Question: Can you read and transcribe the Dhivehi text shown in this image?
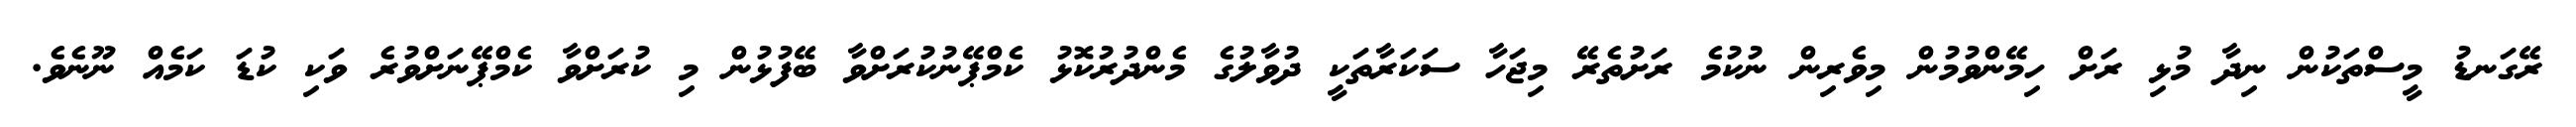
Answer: ރޭގަނޑު މީސްތަކުން ނިދާ މުޅި ރަށް ހިމޭންވުމުން މިވެރިން ނުކުމެ ރަށުތެރޭ މިޖަހާ ސަކަރާތަކީ ދުވާލުގެ މެންދުރުކޮޅު ކެމްޕޭނުކުރަށްވާ ބޭފުޅުން މި ކުރަށްވާ ކެމްޕޭނަށްވުރެ ވަކި ކުޑަ ކަމެއް ނޫނެވެ.